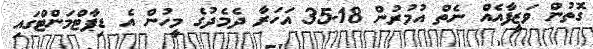
ގޮތުން ވަޒީފާއެއް ނެތް އުމުރުން 18-35 އަހަރާ ދެމެދުގެ މީހުން އެ ޑިޕާޓްމަންޓްގައި